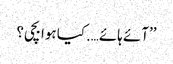
’’آئے ہائے….کیا ہوا بچی؟